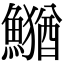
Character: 𮬎